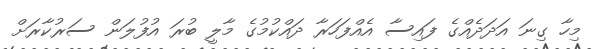
މިހާ ގިނަ އަދަދެއްގެ ފައިސާ އެއްފަހަރާ ދައްކުމުގެ މާލީ ބުރަ އުފުލަން ސަރުކާރަށް